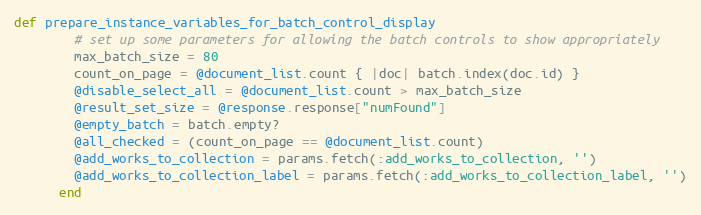
Language: Ruby
def prepare_instance_variables_for_batch_control_display
        # set up some parameters for allowing the batch controls to show appropriately
        max_batch_size = 80
        count_on_page = @document_list.count { |doc| batch.index(doc.id) }
        @disable_select_all = @document_list.count > max_batch_size
        @result_set_size = @response.response["numFound"]
        @empty_batch = batch.empty?
        @all_checked = (count_on_page == @document_list.count)
        @add_works_to_collection = params.fetch(:add_works_to_collection, '')
        @add_works_to_collection_label = params.fetch(:add_works_to_collection_label, '')
      end